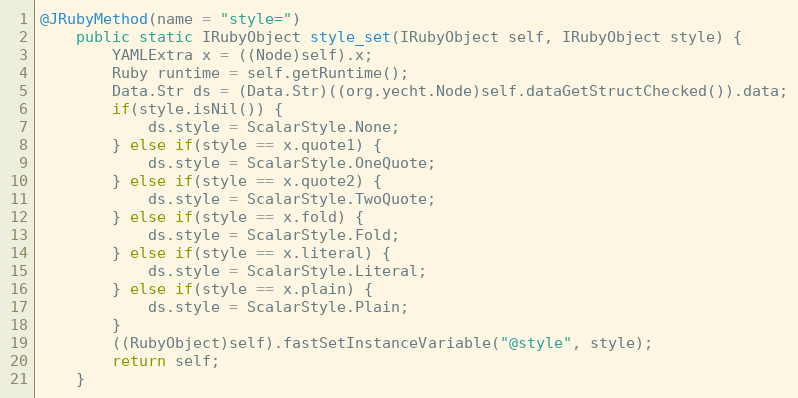
Language: Java
@JRubyMethod(name = "style=")
    public static IRubyObject style_set(IRubyObject self, IRubyObject style) {
        YAMLExtra x = ((Node)self).x;
        Ruby runtime = self.getRuntime();
        Data.Str ds = (Data.Str)((org.yecht.Node)self.dataGetStructChecked()).data;
        if(style.isNil()) {
            ds.style = ScalarStyle.None;
        } else if(style == x.quote1) {
            ds.style = ScalarStyle.OneQuote;
        } else if(style == x.quote2) {
            ds.style = ScalarStyle.TwoQuote;
        } else if(style == x.fold) {
            ds.style = ScalarStyle.Fold;
        } else if(style == x.literal) {
            ds.style = ScalarStyle.Literal;
        } else if(style == x.plain) {
            ds.style = ScalarStyle.Plain;
        }
        ((RubyObject)self).fastSetInstanceVariable("@style", style);
        return self;
    }